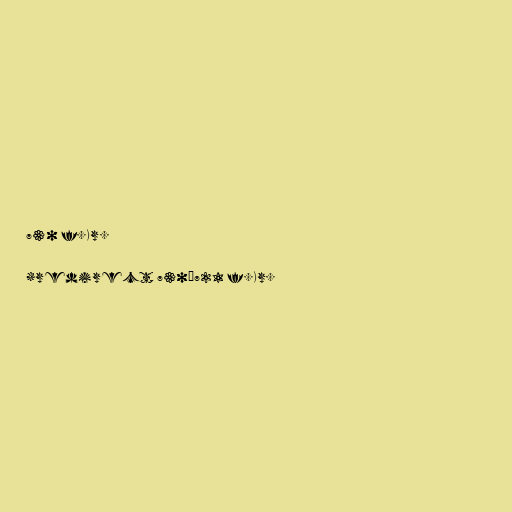
730 f.Kr.

#redirect 730–721 f.Kr.